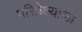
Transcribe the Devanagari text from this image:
परिप्रेक्ष्याला